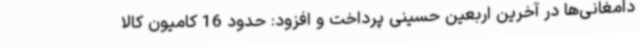
دامغانی‌ها در آخرین اربعین حسینی پرداخت و افزود: حدود 16 کامیون کالا